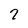
Character: 7